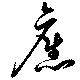
旧